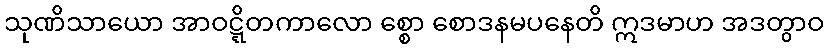
သုဏိသာယော အာဝဋ္ဋိတကာလော စ္စော စောဒနမပနေတိ ဣဒမာဟ အဒတွာဝ